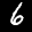
Label: 6